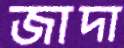
জাদা